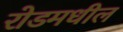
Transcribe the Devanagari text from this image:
रोडमधील